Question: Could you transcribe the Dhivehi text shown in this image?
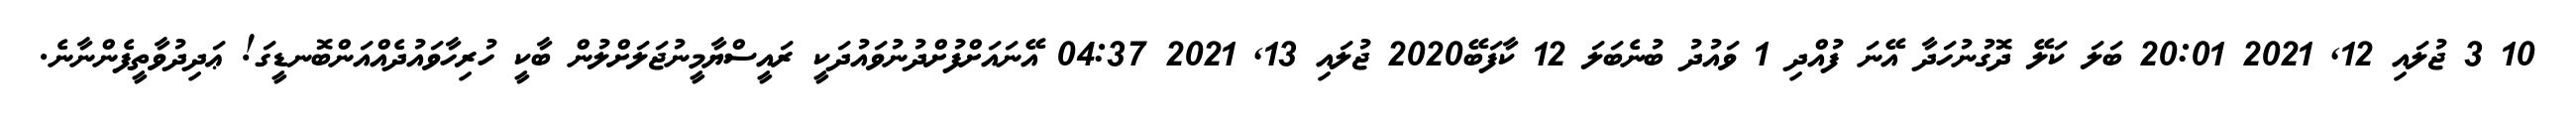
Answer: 10 3 ޖުލައި 12, 2021 20:01 ބަލަ ކަލޭ ދޮގުނުހަދާ އޭނަ ފުއްދި 1 ވައުދު ބުނެބަލަ 12 ކާފަބޭ2020 ޖުލައި 13, 2021 04:37 އޭނައަށްފުށްދުނުވައުދަކީ ރައީސްޔާމީނުޖަލަށްލުން ބާކީ ހުރިހާވައުދެއްއަންބޮނޑީގަ! ޢަދިދުވާތީފެންނާނެ.